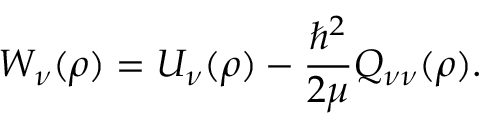
W _ { \nu } ( \rho ) = U _ { \nu } ( \rho ) - \frac { \hbar ^ { 2 } } { 2 \mu } Q _ { \nu \nu } ( \rho ) .